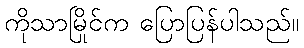
ကိုသာမြိုင်က ပြောပြန်ပါသည်။